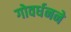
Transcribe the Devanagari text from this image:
गोवर्धनने